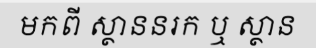
មកពី ស្ថាននរក ឬ ស្ថាន